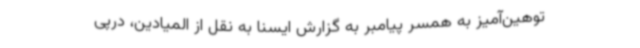
توهین‌آمیز به همسر پیامبر به گزارش ایسنا به نقل از المیادین، درپی